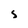
Character: S